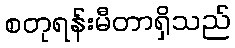
စတုရန်းမီတာရှိသည်